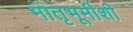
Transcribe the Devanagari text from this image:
मातृभूमीशी